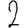
Digit: 2